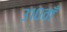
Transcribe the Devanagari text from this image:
३१०वाँ